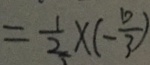
= \frac { 1 } { 2 } \times ( - \frac { 1 0 } { 3 } )